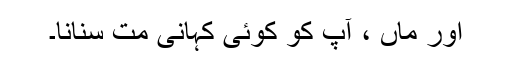
اور ماں ، آپ کو کوئی کہانی مت سنانا۔